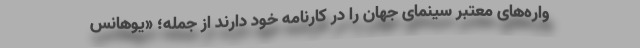
واره‌های معتبر سینمای جهان را در کارنامه خود دارند از جمله؛ «یوهانس